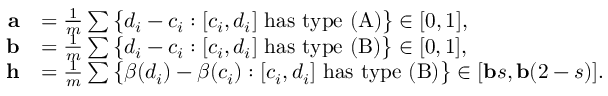
\begin{array} { r l } { \mathbf { a } } & { = \frac { 1 } { m } \sum \big \{ d _ { i } - c _ { i } : [ c _ { i } , d _ { i } ] \mathrm { ~ h a s ~ t y p e ~ ( A ) } \big \} \in [ 0 , 1 ] , } \\ { \mathbf { b } } & { = \frac { 1 } { m } \sum \big \{ d _ { i } - c _ { i } : [ c _ { i } , d _ { i } ] \mathrm { ~ h a s ~ t y p e ~ ( B ) } \big \} \in [ 0 , 1 ] , } \\ { \mathbf { h } } & { = \frac { 1 } { m } \sum \big \{ \beta ( d _ { i } ) - \beta ( c _ { i } ) : [ c _ { i } , d _ { i } ] \mathrm { ~ h a s ~ t y p e ~ ( B ) } \big \} \in [ \mathbf { b } s , \mathbf { b } ( 2 - s ) ] . } \end{array}